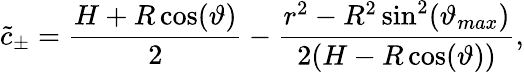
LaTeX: \tilde{c}_{\pm}=\frac{H+R\cos(\vartheta)}{2}-\frac{r^{2}-R^{2}\sin^{2}(\vartheta_{max})}{2(H-R\cos(\vartheta))},